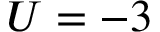
U = - 3